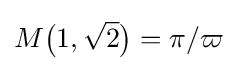
M{\bigl (}1,{\sqrt {2}}{\bigr )}=\pi /\varpi